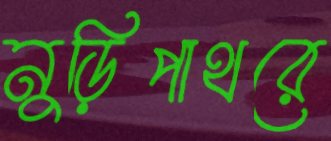
নুড়িপাথরে